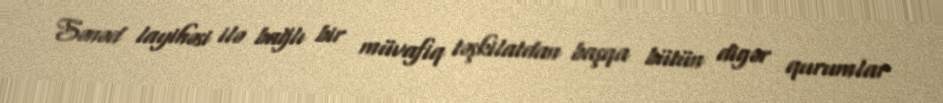
Sənəd layihəsi ilə bağlı bir müvafiq təşkilatdan başqa bütün digər qurumlar